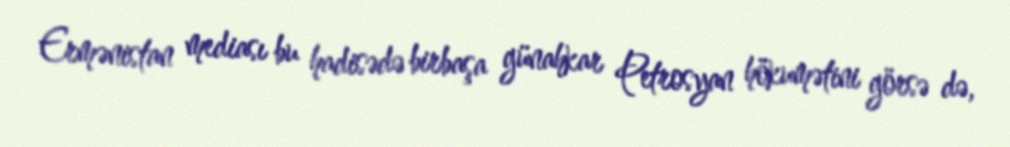
Ermənistan mediası bu hadisədə birbaşa günahkar Petrosyan hökumətini görsə də,